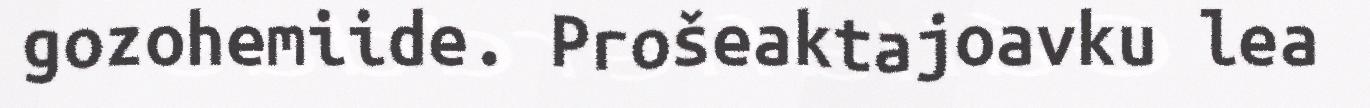
gozohemiide. Prošeaktajoavku lea